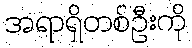
အရာရှိတစ်ဦးကို